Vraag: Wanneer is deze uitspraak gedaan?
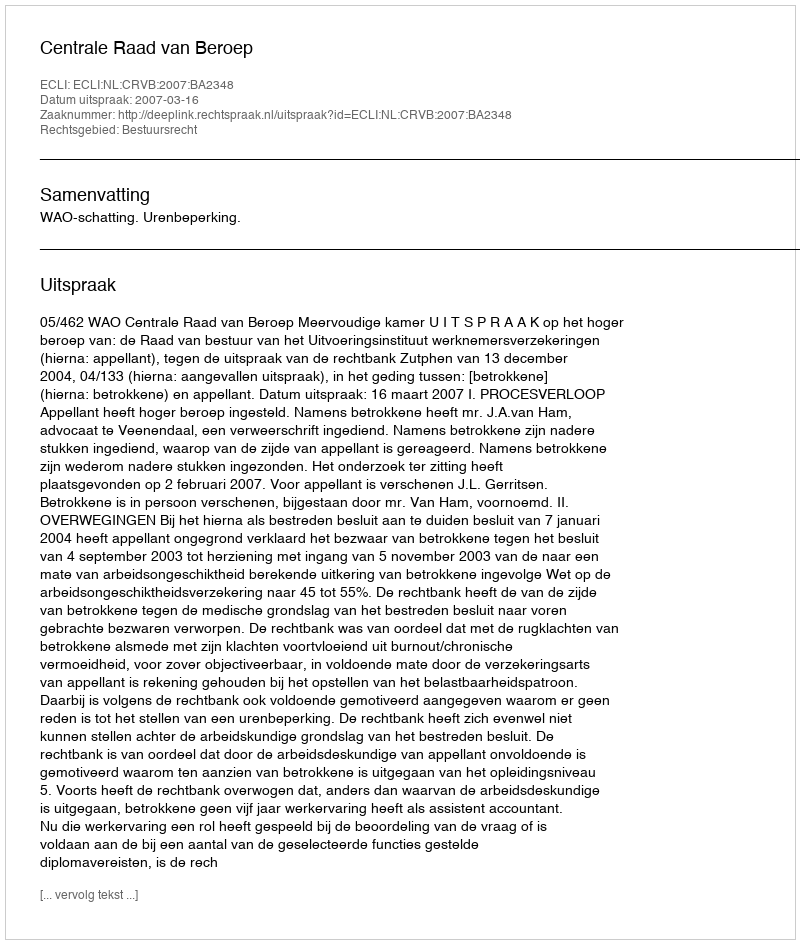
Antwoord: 2007-03-16